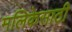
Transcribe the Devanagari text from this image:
मलिकेसाठी